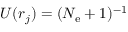
U ( r _ { j } ) = ( N _ { \mathrm { e } } + 1 ) ^ { - 1 }